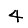
Digit: 4